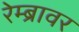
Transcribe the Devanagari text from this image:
रेम्ब्रावर